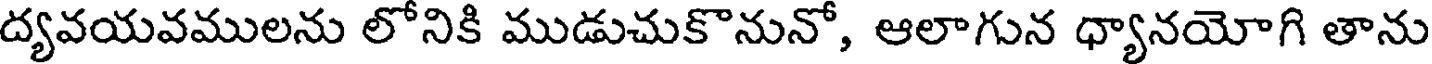
ద్యవయవములను లోనికి ముడుచుకొనునో, ఆలాగున ధ్యానయోగి తాను